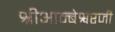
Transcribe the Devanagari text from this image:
श्रीआम्बेश्वरजी